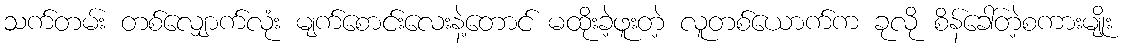
သက်တမ်း တစ်လျှောက်လုံး မျက်စောင်းလေးနဲ့တောင် မထိုးခဲ့ဖူးတဲ့ လူတစ်ယောက်က ခုလို စိန်ခေါ်တဲ့စကားမျိုး